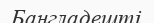
Бангладешті